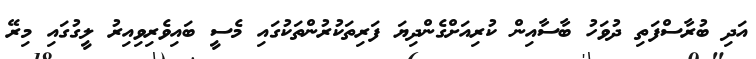
އަދި ބުރާސްފަތި ދުވަހު ބާސާއިން ކުރިއަށްގެންދިޔަ ފަރިތަކުރުންތަކުގައި މެސީ ބައިވެރިވިއިރު ލީގުގައި މިރޭ